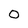
Character: 0